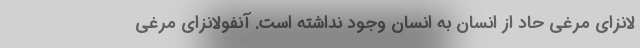
لانزای مرغی حاد از انسان به انسان وجود نداشته است. آنفولانزای مرغی